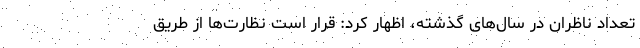
تعداد ناظران در سال‌های گذشته، اظهار کرد: قرار است نظارت‌ها از طریق